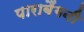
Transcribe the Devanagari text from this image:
पाराबैंगनी